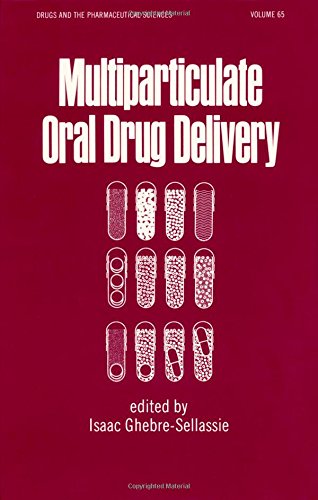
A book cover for Multiparticulate Oral Drug Delivery (Drugs and the Pharmaceutical Sciences); Medical Books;